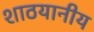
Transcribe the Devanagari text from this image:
शाठयानीय